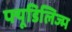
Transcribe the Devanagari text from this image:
फ्यूडिलिज्म